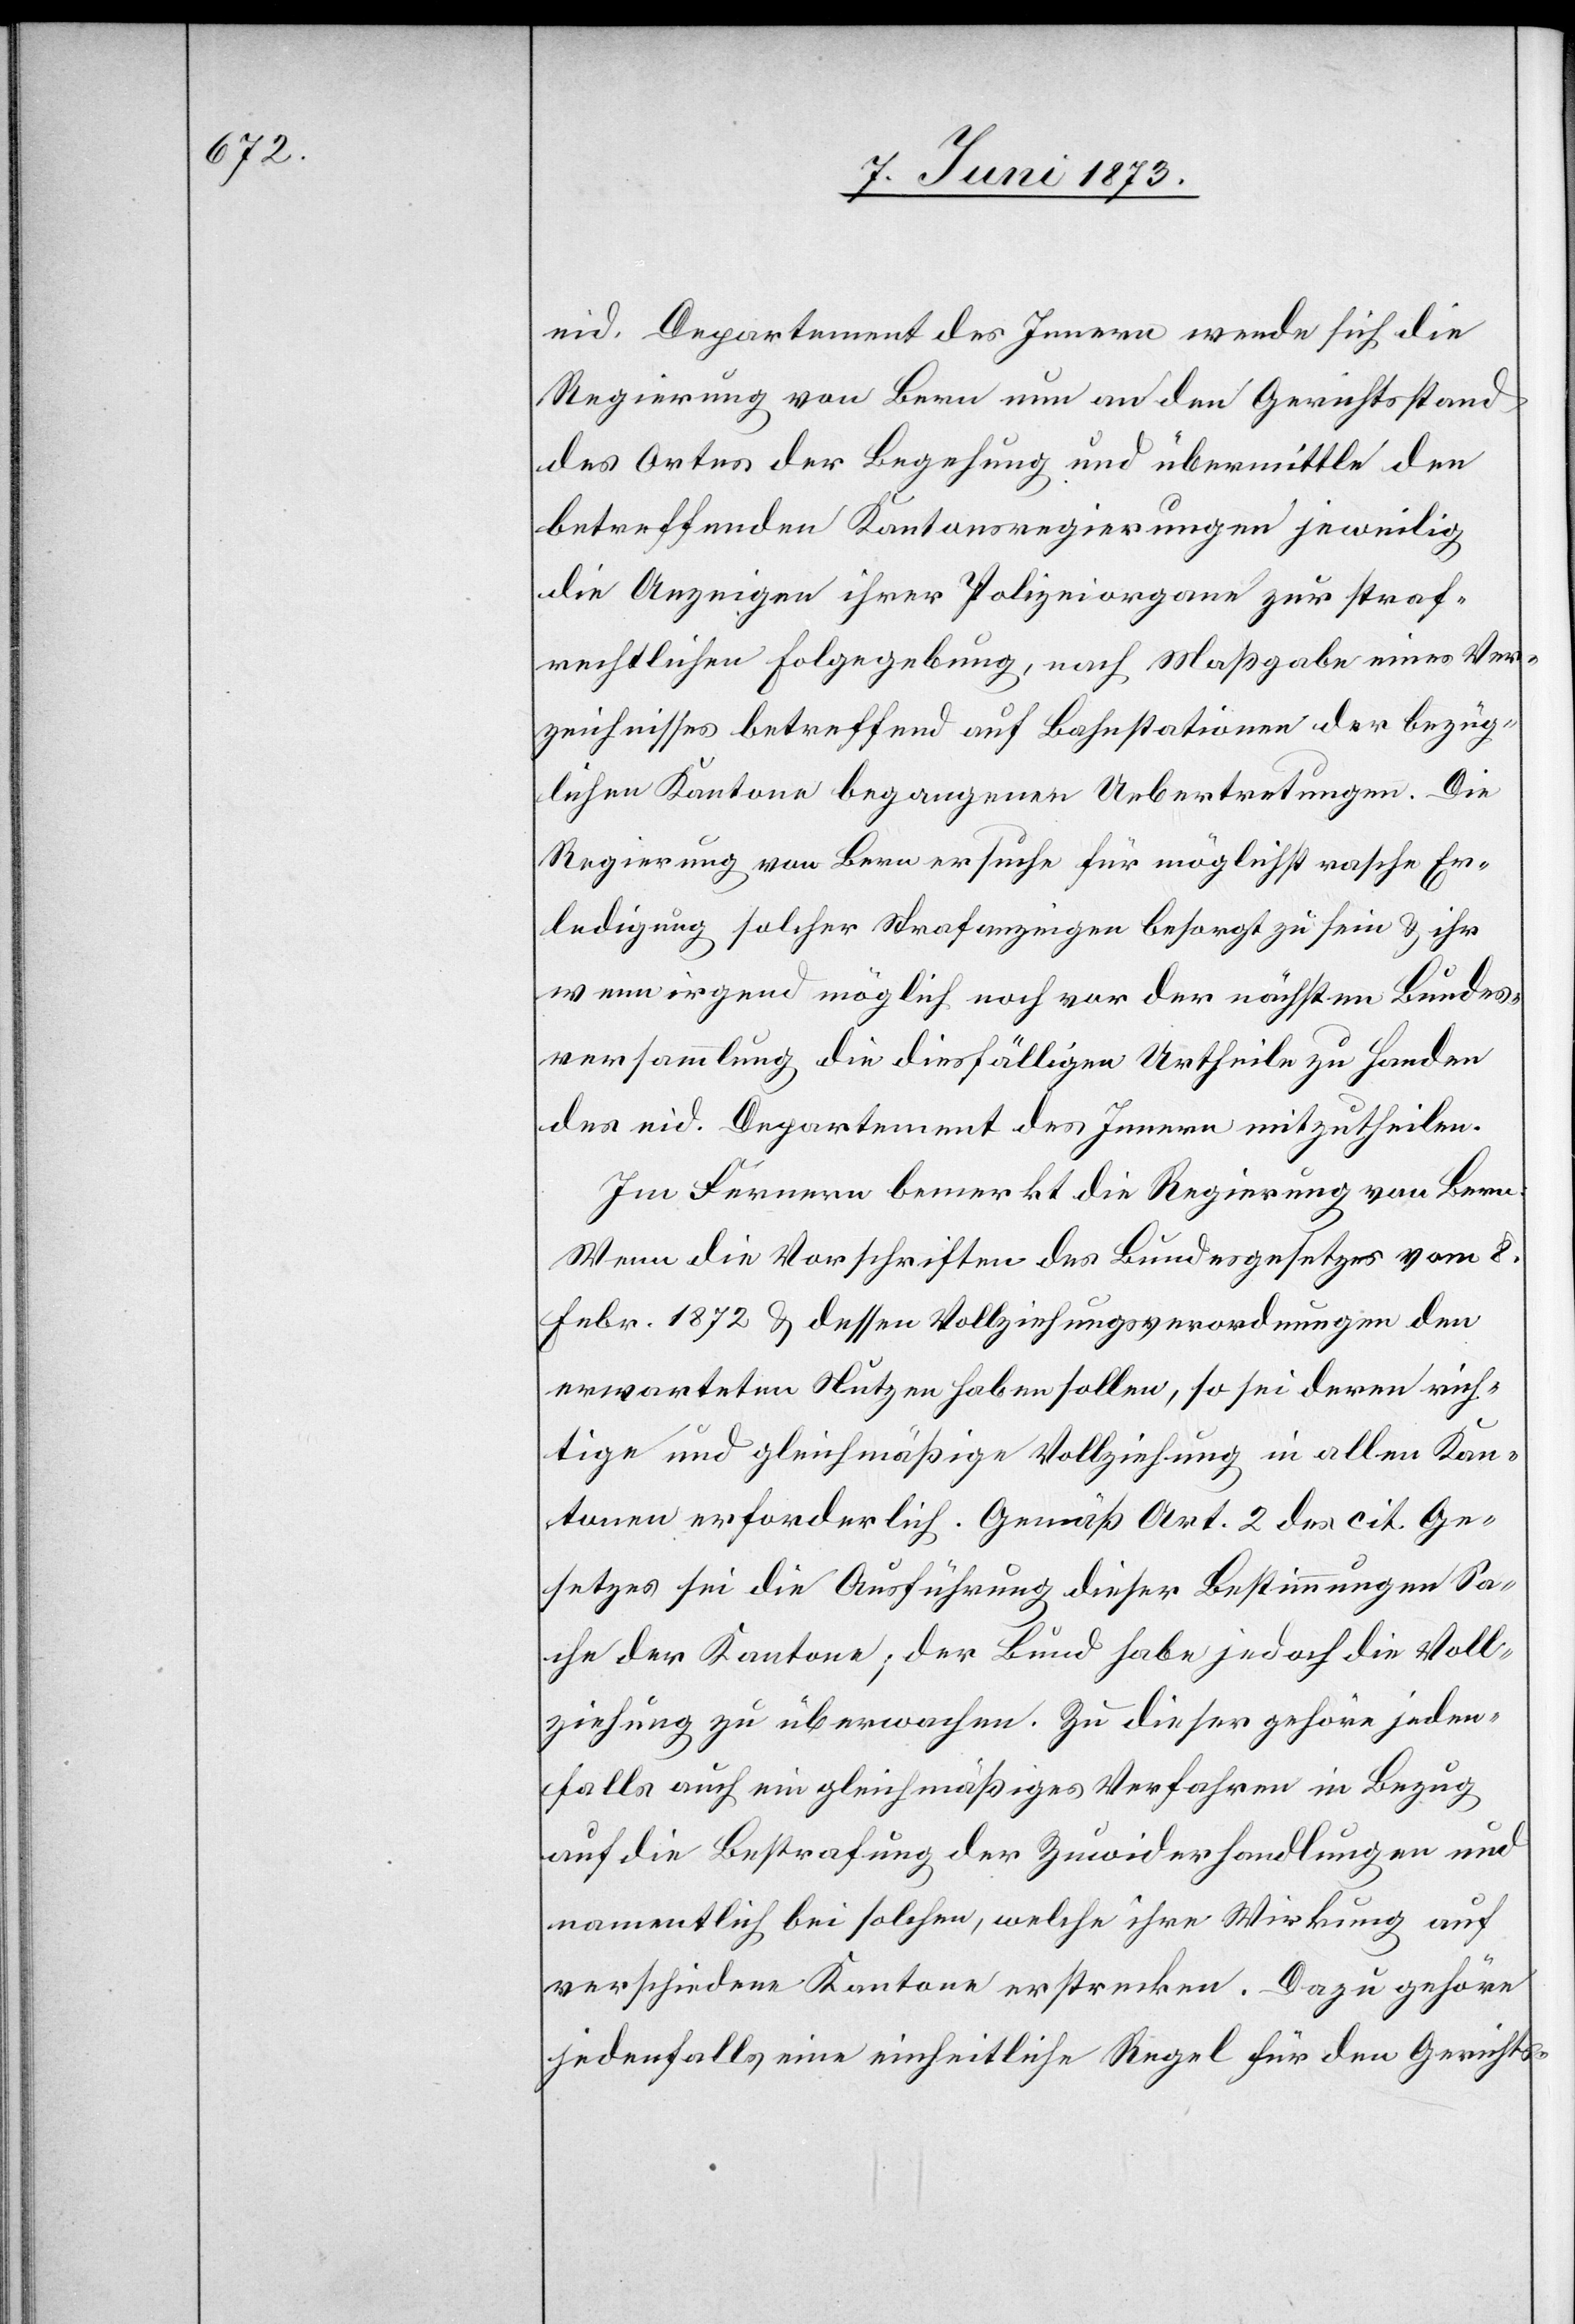
eid. Departement des Innern wende sich die
Regierung von Bern nun an den Gerichtsstand
des Ortes der Begehung und übermittle den
betreffenden Kantonsregierungen jeweilig
die Anzeigen ihrer Polizeiorgane zur straf¬
rechtlichen Folgegebung, nach Maßgabe eines Ver¬
zeichnisses betreffend auf Bahnstationen der bezüg¬
lichen Kantone begangenen Uebertretungen. Die
Regierung von Bern ersuche für möglichst rasche Er¬
ledigung solcher Strafanzeigen besorgt zu sein & ihr
wenn irgend möglich noch vor der nächsten Bundes¬
versammlung die diesfälligen Urtheile zu Handen
des eid. Departement des Innern mitzutheilen.
Im Fernern bemerkt die Regierung von Bern:
Wenn die Vorschriften des Bundesgesetzes vom 8.
Febr. 1872 & dessen Vollziehungsverordnungen den
erwarteten Nutzen haben sollen, so sei deren rich¬
tige und gleichmäßige Vollziehung in allen Kan¬
tonen erforderlich. Gemäß Art. 2 des cit. Ge¬
setzes sei die Ausführung dieser Bestimmungen Sa¬
che der Kantone; der Bund habe jedoch die Voll¬
ziehung zu überwachen. Zu dieser gehöre jeden¬
falls auch ein gleichmäßiges Verfahren in Bezug
auf die Bestrafung der Zuwiderhandlungen und
namentlich bei solchen, welche ihre Wirkung auf
verschiedene Kantone erstrecken. Dazu gehöre
jedenfalls eine einheitliche Regel für den Gerichts-